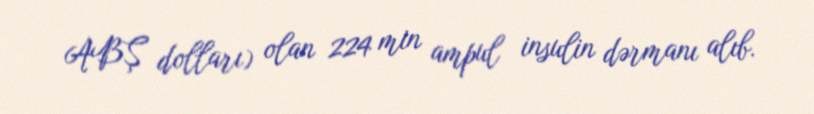
ABŞ dolları) olan 224 min ampul insulin dərmanı alıb.